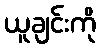
ယူချင်းကို